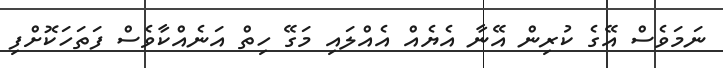
ނަމަވެސް އޭގެ ކުރިން އޭނާ އެޔެއް އެއްލައި މަގޭ ހިތް އަނެއްކާވެސް ފަތަހަކޮށްފި